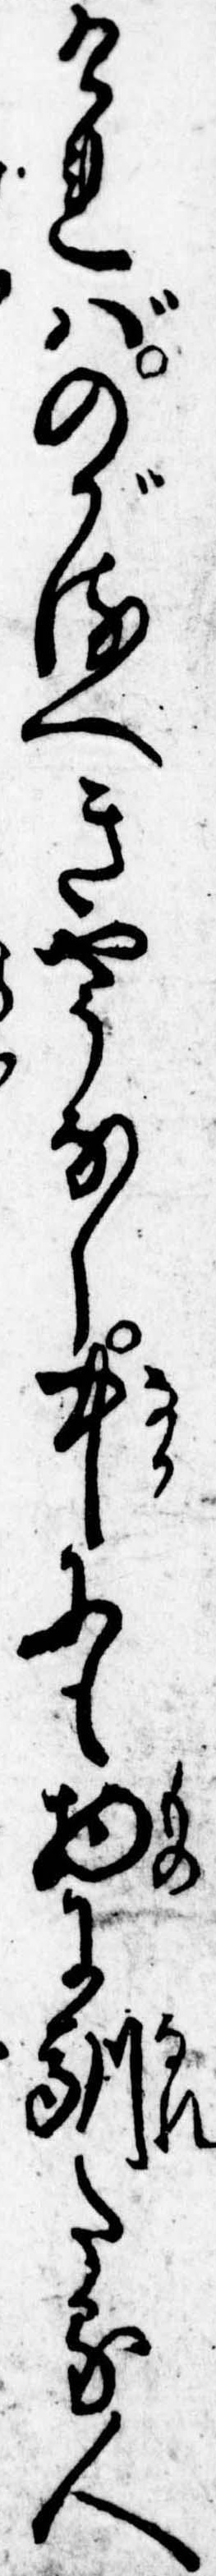
ければのがるへきやうなし中にも物に馴たる人